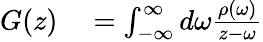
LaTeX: \begin{array}{rl}{G(z)}&{{}=\int_{-\infty}^{\infty}d\omega\frac{\rho(\omega)}{z-\omega}}\end{array}